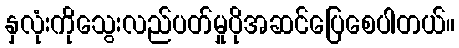
နှလုံးကိုသွေးလည်ပတ်မှုပိုအဆင်ပြေစေပါတယ်။